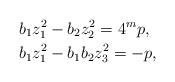
LaTeX: \begin{align*}& b_1z_1^2 - b_2z_2^2 = 4^{m}p, \\& b_1z_1^2 - b_1b_2z_3^2 = -p, \end{align*}